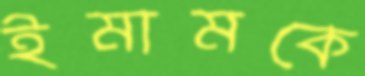
ইমামকে